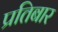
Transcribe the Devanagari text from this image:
प्रतिबार